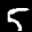
Label: 5